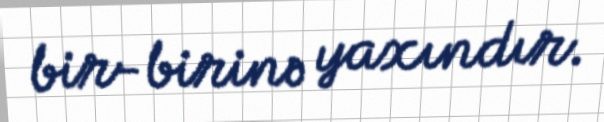
bir-birinə yaxındır.